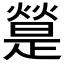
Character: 𤐔